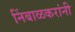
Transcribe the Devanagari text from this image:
निंबाळकरांनी